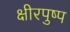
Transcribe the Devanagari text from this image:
क्षीरपुष्प